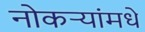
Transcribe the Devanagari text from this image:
नोकर्‍यांमधे